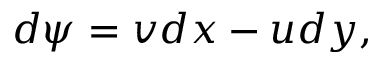
d \psi = v d x - u d y ,